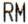
RM